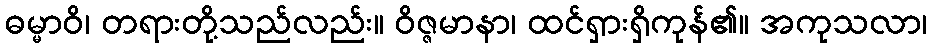
ဓမ္မာဝိ၊ တရားတို့သည်လည်း။ ဝိဇ္ဇမာနာ၊ ထင်ရှားရှိကုန်၏။ အကုသလာ၊